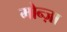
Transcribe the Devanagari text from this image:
मोन्ज़ा